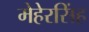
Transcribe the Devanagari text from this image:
मेहेरसिंह